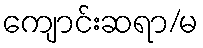
ကျောင်းဆရာ/မ